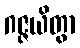
ဂဇ္ဇယိတွာ